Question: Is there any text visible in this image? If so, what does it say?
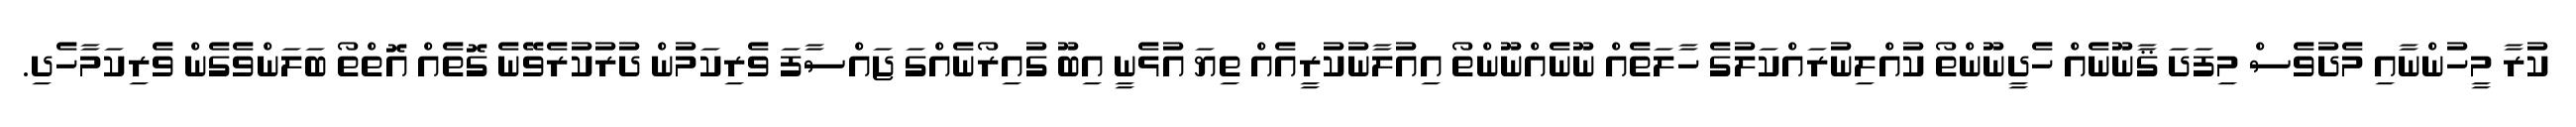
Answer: ކުރާ މީހުންނާއި މެދުވެސް މިފަދަ ޤާނޫނެއް ހެދީނޫންތޯ ކުއްލިނުރައްކަލުގެ ހާލަތެއް ނޫނެއްނޫންތޯ އިއުލާނުކުރީއެއް ތިޔަ އުޅެނީ އިބޫ ގުއިރޯނެއްގަ ޖައްސާފަ ވެރިކަމުން ދުރުކުރެވޭނެ ގޮތެއް އޮތްތޯ ބަލަންވެގެން ވެރިކަމާހެދި.